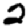
Digit: 2